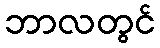
ဘာလတွင်